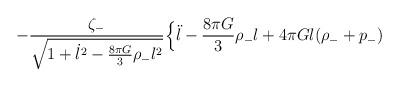
LaTeX: \begin{align*}-\frac{\zeta_{-}}{\sqrt{1+\dot{l}^{2}-\frac{8\pi G}{3}\rho_{-}l^{2}}} \Bigl\{\ddot{l} -\frac{8\pi G}{3}\rho_{-}l+4\pi Gl(\rho_{-}+p_{-})\end{align*}